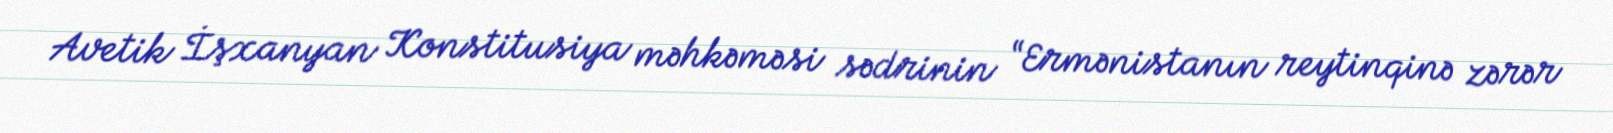
Avetik İşxanyan Konstitusiya məhkəməsi sədrinin “Ermənistanın reytinqinə zərər